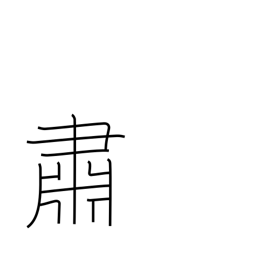
Meaning: solemnly